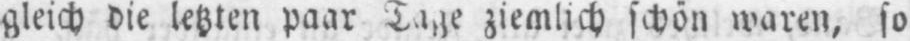
gleich die letzten paar Tage ziemlich schön waren, so